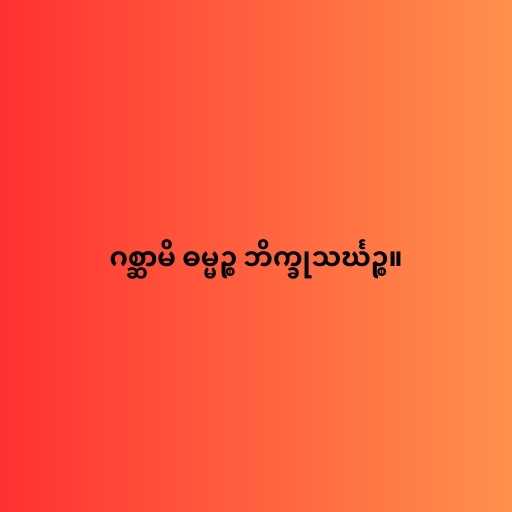
ဂစ္ဆာမိ ဓမ္မဉ္စ ဘိက္ခုသင်္ဃဉ္စ။